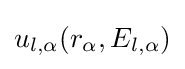
u_{l,\alpha }(r_{\alpha },E_{l,\alpha })